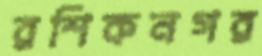
রশিকনগর